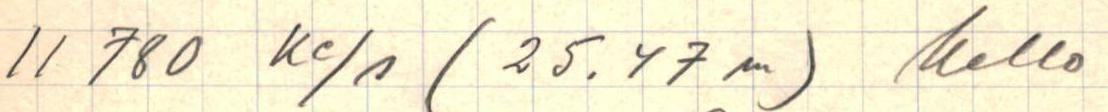
11 780 Ke/s (25.47 m) kello